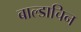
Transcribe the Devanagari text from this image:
बाल्डाचिन